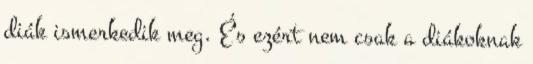
diák ismerkedik meg. És ezért nem csak a diákoknak